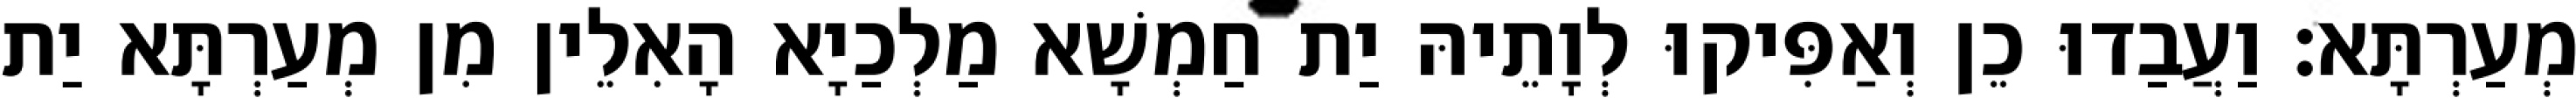
מְעַרְתָּא׃ וַעֲבַדוּ כֵן וְאַפִּיקוּ לְוָתֵיהּ יַת חַמְשָׁא מַלְכַיָא הָאִלֵין מִן מְעַרְתָּא יַת